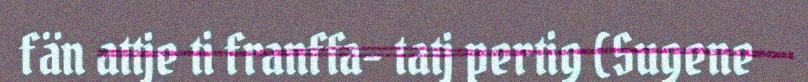
fän attje ti franffa- tatj pertig (Sugene